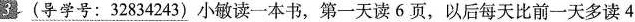
3(导学号：32834243)小敏读一本书，第一天读6页，以后每天比前一天多读4